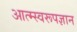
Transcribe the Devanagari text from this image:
आत्म्स्वरूपज्ञान